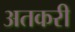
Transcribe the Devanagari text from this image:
अतकरी